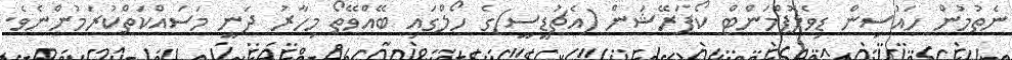
ނެތުމުން ހައުސިން ޑިވެލޮޕްމަންޓް ކޯޕަރޭޝަން (އެޗުޑީސީ)ގެ ހޯލްގައި ބޭއްވޭތޯ މިހާރު ދަނީ މަސައްކަތްކުރަމުންނެވެ.